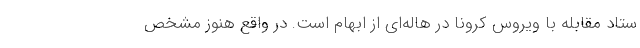
ستاد مقابله با ویروس کرونا در هاله‌ای از ابهام است. در واقع هنوز مشخص